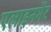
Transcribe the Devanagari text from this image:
एलाइनमेंट